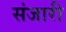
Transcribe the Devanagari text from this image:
संजारी